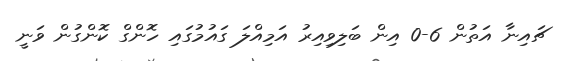
ޗައިނާ އަތުން 6-0 އިން ބަލިިވިއިރު އަމިއްލަ ގައުމުގައި ހޮންގް ކޮންގުން ވަނީ